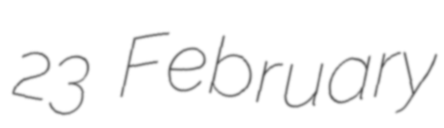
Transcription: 23 February